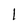
Character: 1